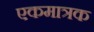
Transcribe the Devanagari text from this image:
एकमात्रक